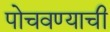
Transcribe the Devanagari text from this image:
पोचवण्‍याची